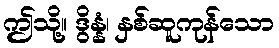
ဤသို့။ ဒွိန္နံ၊ နှစ်ဆူကုန်သော